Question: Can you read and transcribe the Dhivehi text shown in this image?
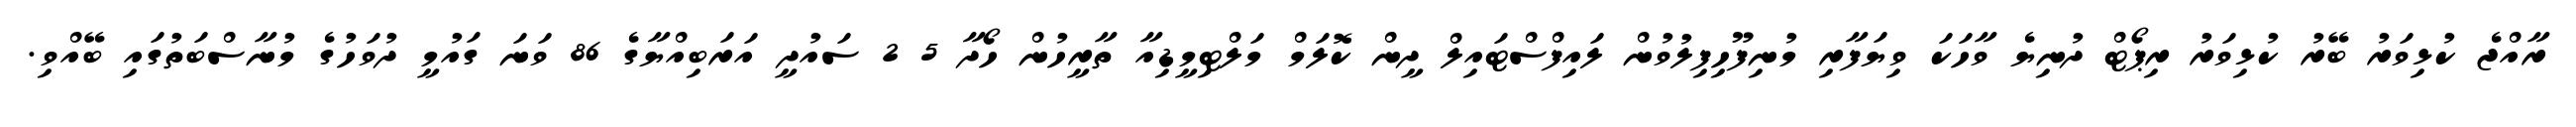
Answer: ރާއްޖެ ކުޅިވަރު ބޭރު ކުޅިވަރު ރިޕޯޓް ދުނިޔެ ވާހަކަ ވިޔަފާރި މުނިފޫހިފިލުވުން ލައިފްސްޓައިލް ދީން ކޮލަމް މަލްޓިމީޑިއާ ތާރީހުން ހޯދާ 5 2 ސައުދީ އަރަބިއްޔާގެ 86 ވަނަ ގައުމީ ދުވަހުގެ މުނާސްބަތުގައި ބޭއްވި.